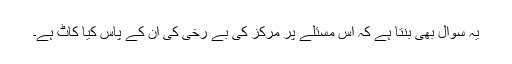
یہ سوال بھی بنتا ہے کہ اس مسئلے پر مرکز کی بے رخی کی ان کے پاس کیا کاٹ ہے۔